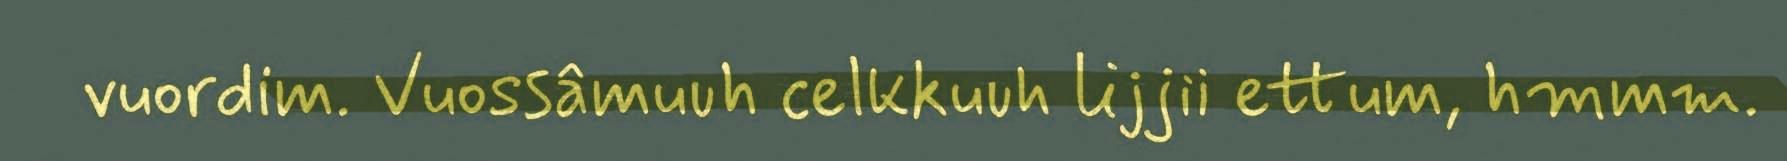
vuordim. Vuossâmuuh celkkuuh lijjii ettum, hmmm.